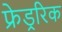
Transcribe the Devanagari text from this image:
फ्रेड्ररिक